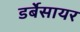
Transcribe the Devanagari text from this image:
डर्बेसायर